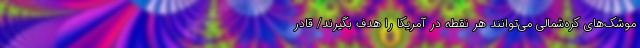
موشک‌های کره‌شمالی می‌توانند هر نقطه در آمریکا را هدف بگیرند/ قادر